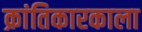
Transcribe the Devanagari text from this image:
क्रांतिकारकाला